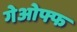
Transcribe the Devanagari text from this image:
गेओफ्फ